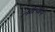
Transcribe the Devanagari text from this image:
लढल्याचे